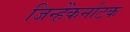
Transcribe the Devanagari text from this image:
जिन्हेंकर्नाटक